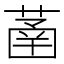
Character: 䓿